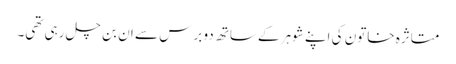
متاثرہ خاتون کی اپنے شوہر کےساتھ دو برس سے ان بن چل رہی تھی۔